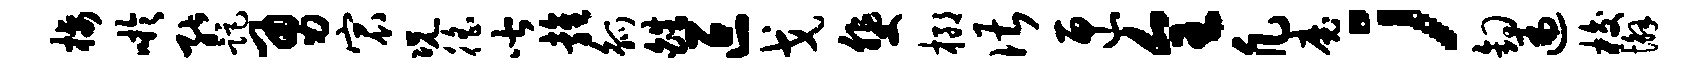
栖吁能距勇宸况徭皆雍觚皓叵戈斐榔谌匣全凡魔；钩遍梭懈